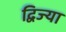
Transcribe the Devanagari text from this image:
द्विज्या